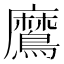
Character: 䳸